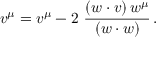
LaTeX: v ^ { \mu } = v ^ { \mu } - 2 \ \frac { ( w \cdot v ) \, w ^ { \mu } } { ( w \cdot w ) } \, .